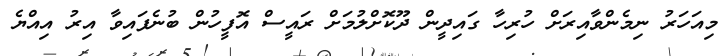
މިއަހަރު ނިމެންވާއިރަށް ހުރިހާ ގައިދީން ދޫކޮށްލުމަށް ރައީސް އޮފީހުން ބުނެފައިވާ އިރު އިއްޔެ